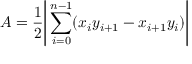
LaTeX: A = { \frac { 1 } { 2 } } { \Biggl \vert } \sum _ { i = 0 } ^ { n - 1 } ( x _ { i } y _ { i + 1 } - x _ { i + 1 } y _ { i } ) { \Biggr \vert }